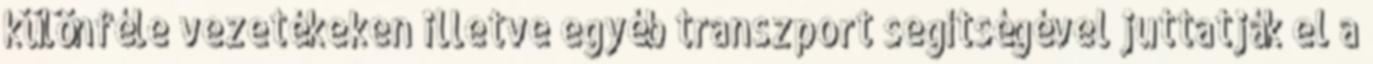
különféle vezetékeken illetve egyéb transzport segítségével juttatják el a